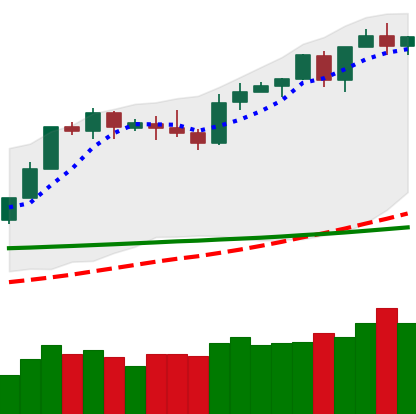
Ticker: BTC-USD
Chart end date: 2020-02-14
Forward return: -6.582%
Label: down_5_7